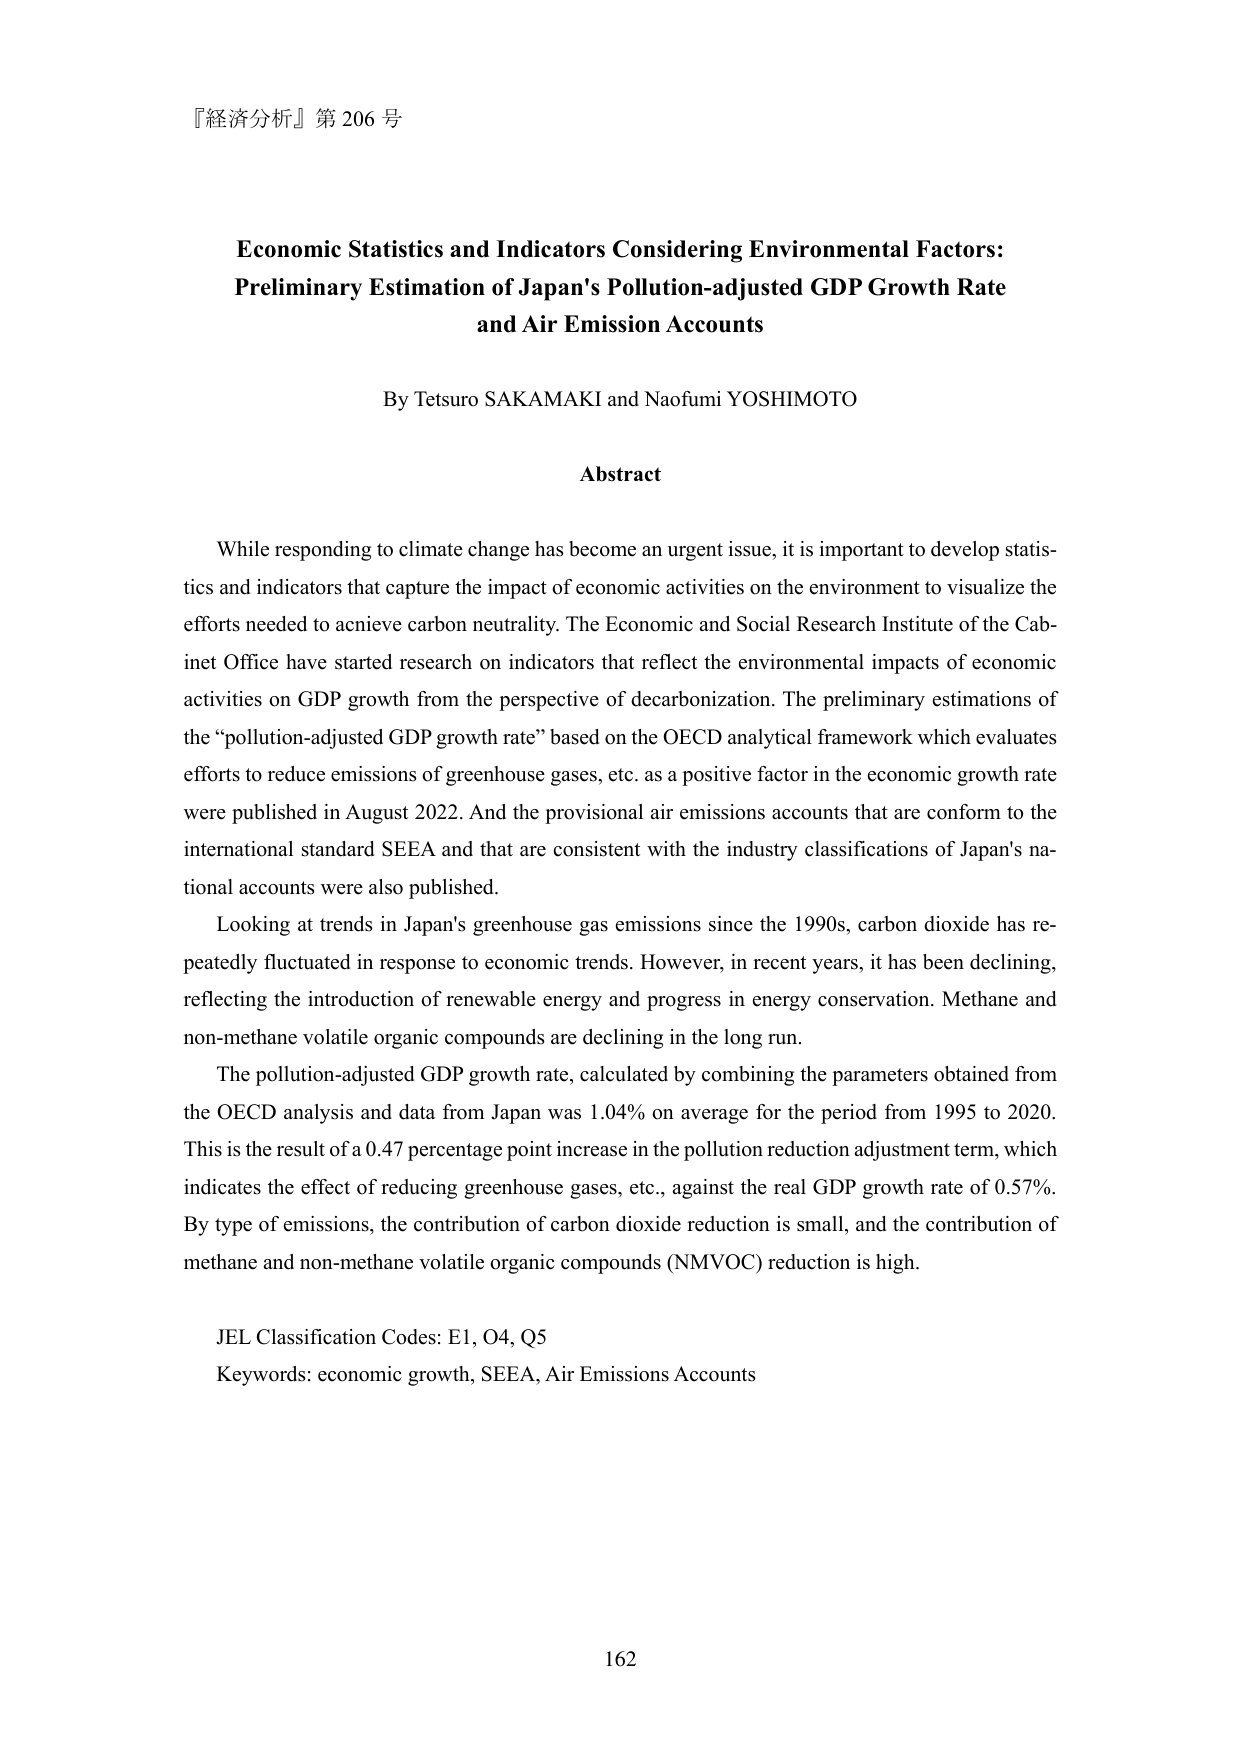
『経済分析』第 206 号

Economic Statistics and Indicators Considering Environmental Factors:
Preliminary Estimation of Japan's Pollution-adjusted GDP Growth Rate
and Air Emission Accounts

By Tetsuro SAKAMAKI and Naofumi YOSHIMOTO

Abstract

While responding to climate change has become an urgent issue, it is important to develop statistics and indicators that capture the impact of economic activities on the environment to visualize the efforts needed to achieve carbon neutrality. The Economic and Social Research Institute of the Cabinet Office have started research on indicators that reflect the environmental impacts of economic activities on GDP growth from the perspective of decarbonization. The preliminary estimations of the “pollution-adjusted GDP growth rate” based on the OECD analytical framework which evaluates efforts to reduce emissions of greenhouse gases, etc. as a positive factor in the economic growth rate were published in August 2022. And the provisional air emissions accounts that are conform to the international standard SEEA and that are consistent with the industry classifications of Japan's national accounts were also published.

Looking at trends in Japan's greenhouse gas emissions since the 1990s, carbon dioxide has repeatedly fluctuated in response to economic trends. However, in recent years, it has been declining, reflecting the introduction of renewable energy and progress in energy conservation. Methane and non-methane volatile organic compounds are declining in the long run.

The pollution-adjusted GDP growth rate, calculated by combining the parameters obtained from the OECD analysis and data from Japan was 1.04% on average for the period from 1995 to 2020. This is the result of a 0.47 percentage point increase in the pollution reduction adjustment term, which indicates the effect of reducing greenhouse gases, etc., against the real GDP growth rate of 0.57%. By type of emissions, the contribution of carbon dioxide reduction is small, and the contribution of methane and non-methane volatile organic compounds (NMVOC) reduction is high.

JEL Classification Codes: E1, O4, Q5
Keywords: economic growth, SEEA, Air Emissions Accounts

162